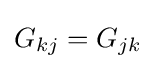
G_{kj}=G_{jk}